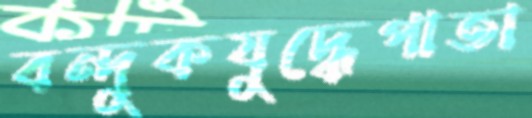
বন্দুকযুদ্ধেপাতা